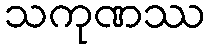
သကုဏဿ